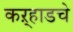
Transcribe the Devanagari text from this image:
कऱ्हाडचे